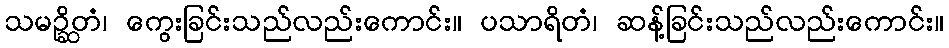
သမဉ္ဆိတံ၊ ကွေးခြင်းသည်လည်းကောင်း။ ပသာရိတံ၊ ဆန့်ခြင်းသည်လည်းကောင်း။